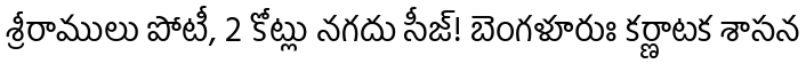
శ్రీరాములు పోటీ, 2 కోట్లు నగదు సీజ్! బెంగళూరుః కర్ణాటక శాసన